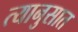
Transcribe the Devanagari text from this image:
त्यानुसात